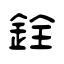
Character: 銓